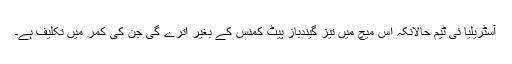
آسٹریلیا ئی ٹیم حالانکہ اس میچ میں تیز گیندباز پیٹ کمنس کے بغیر اترے گی جن کی کمر میں تکلیف ہے۔